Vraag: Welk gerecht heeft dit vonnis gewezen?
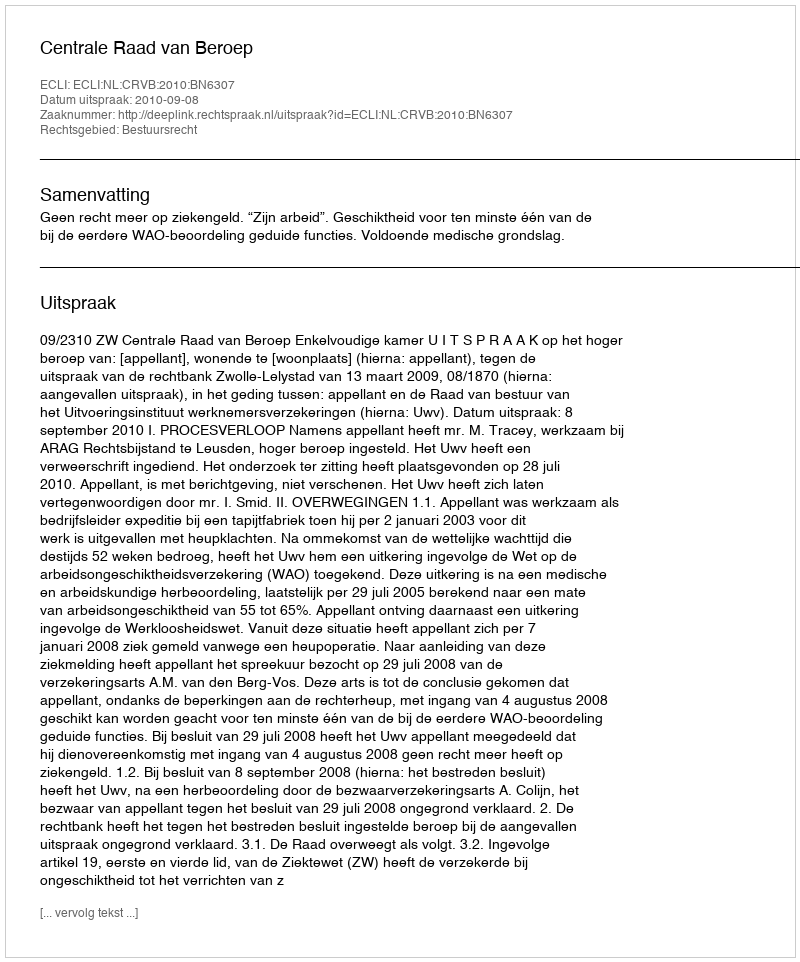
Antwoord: Centrale Raad van Beroep